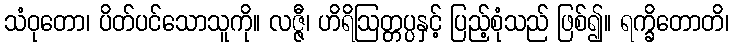
သံဝုတော၊ ပိတ်ပင်သောသူကို။ လဇ္ဇီ၊ ဟိရိဩတ္တပ္ပနှင့် ပြည့်စုံသည် ဖြစ်၍။ ရက္ခိတောတိ၊